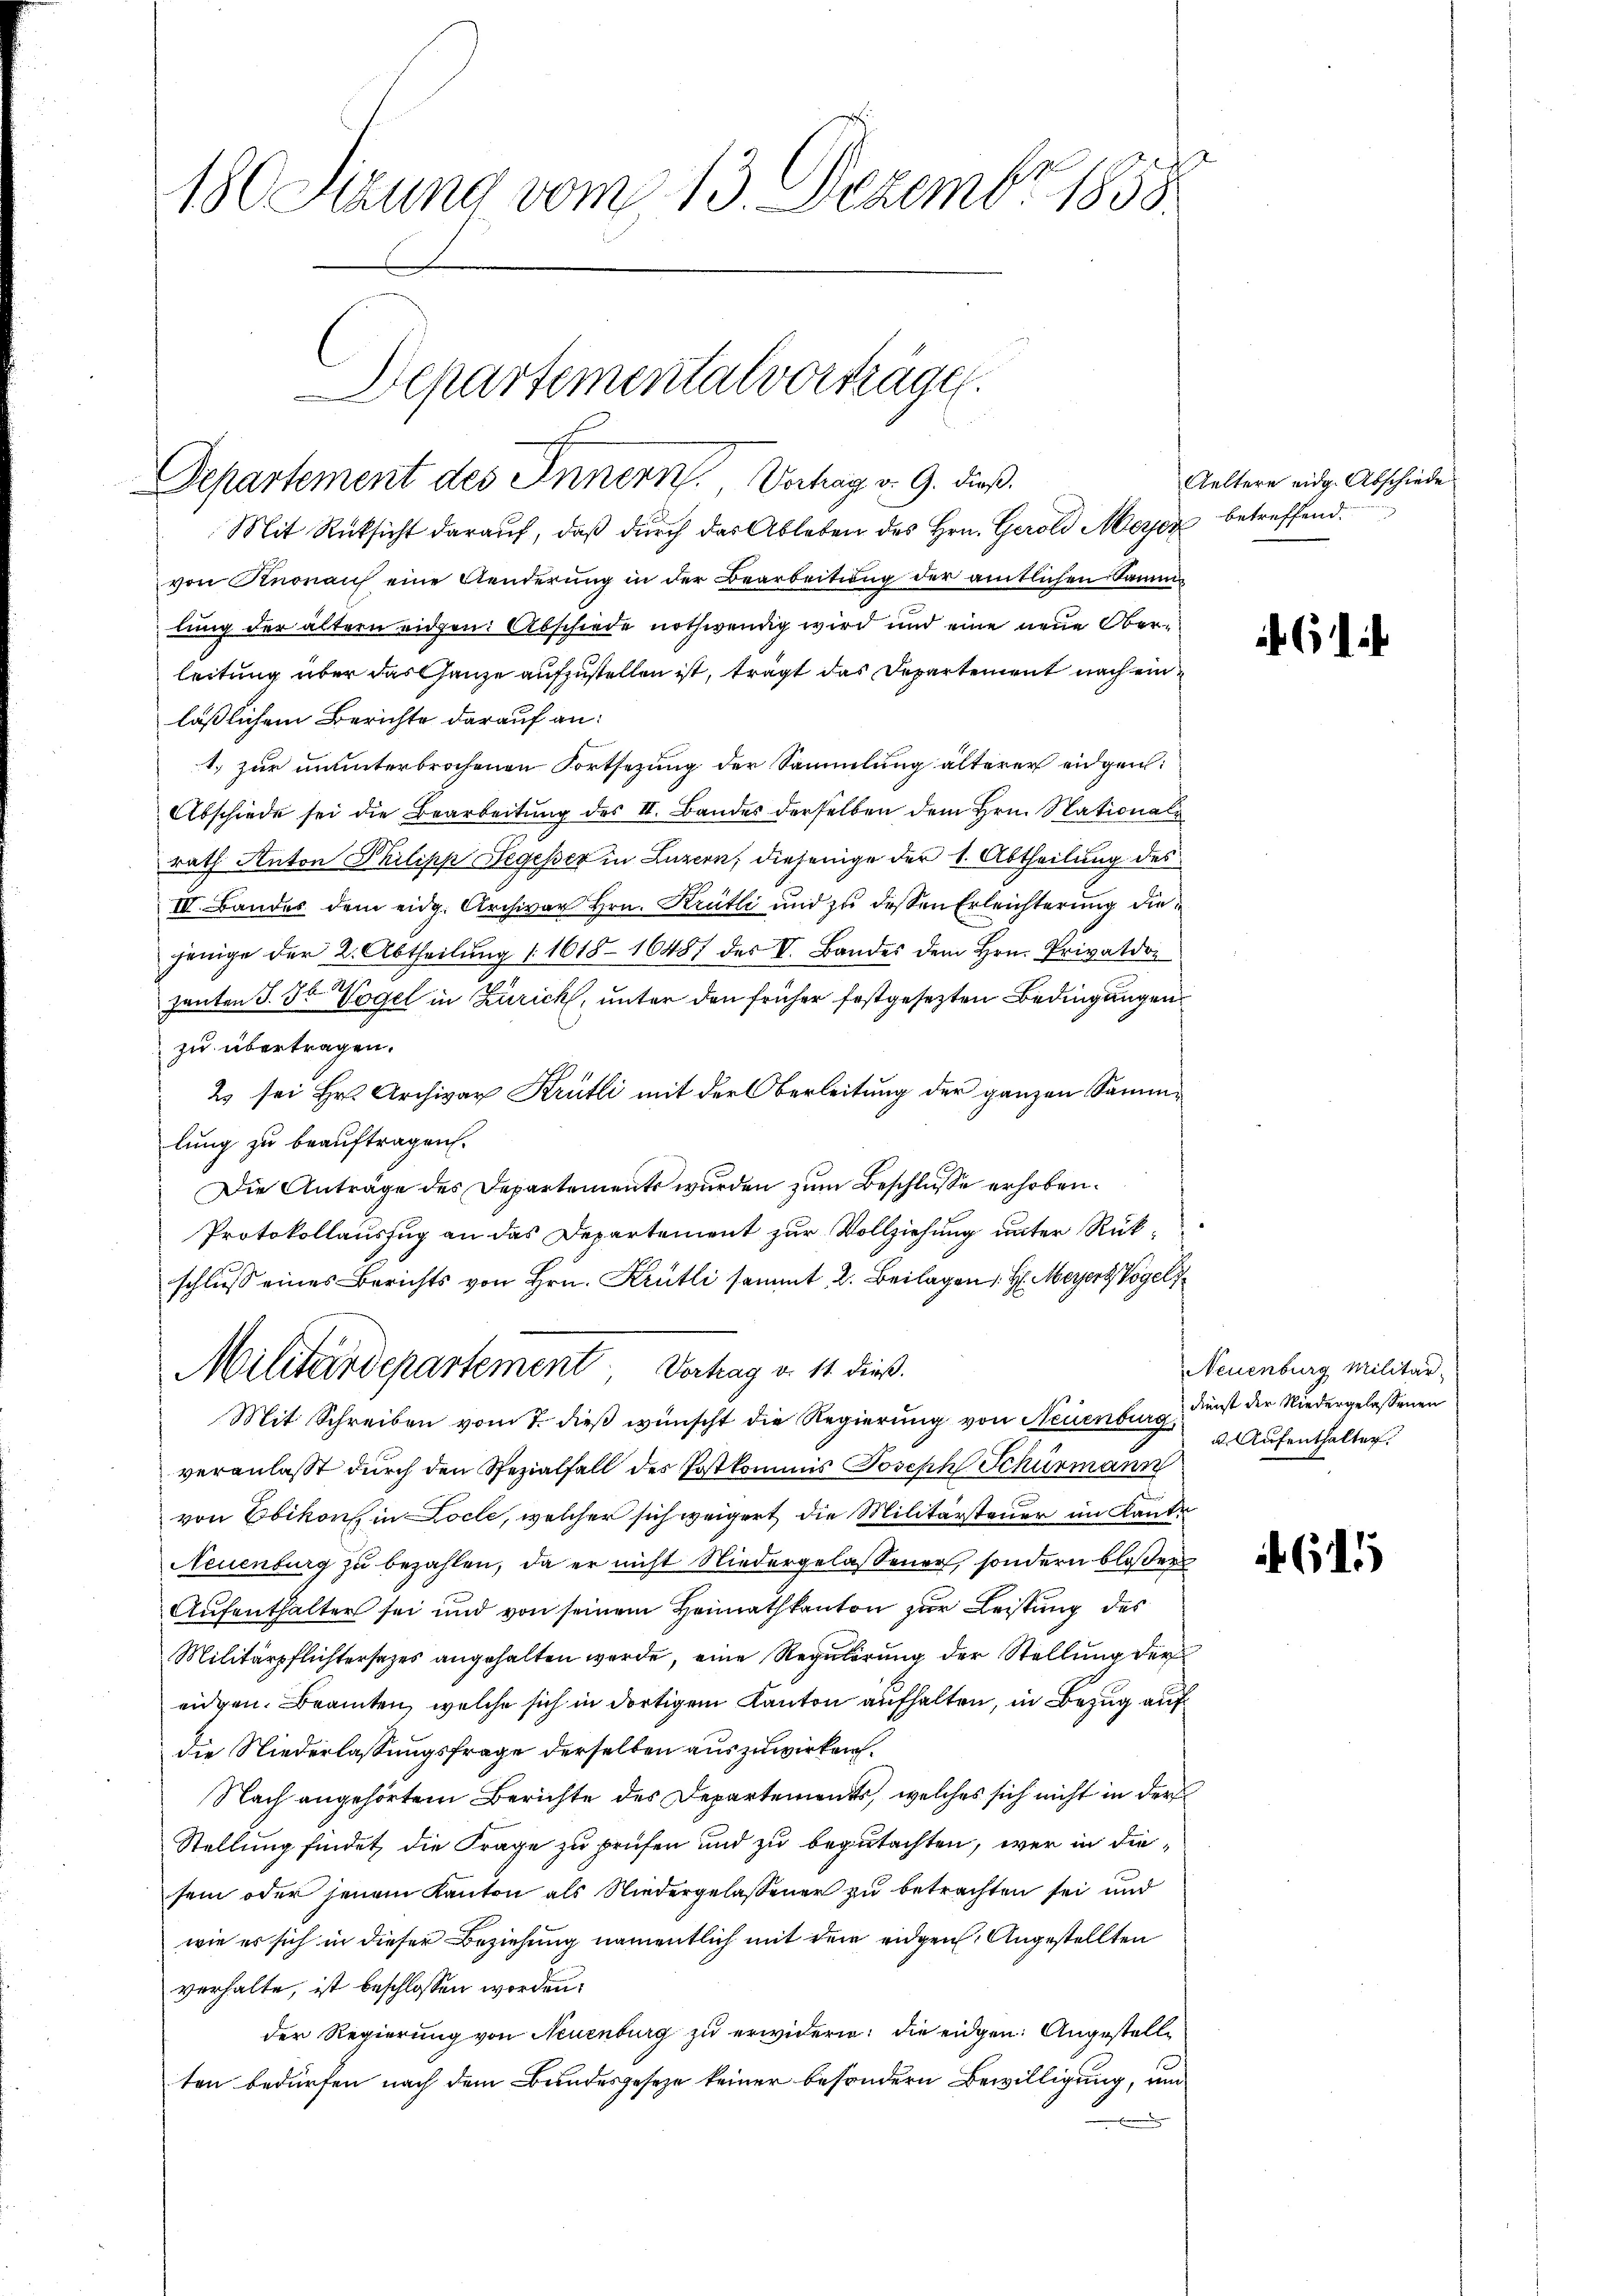
180 Sizung vom 13. Dezember 1858.

Departemental vorträgen.

Departement des Innern, Verhag v. 9. dieß.
Mit Rücksicht darauf, daß durch das Ableben des Hrn. Gerold Merz betreffend.
von Knonau eine Aenderung in der Bearbeitung der amtlichen Sammlung der ältern eidgen. Abschiede nothwendig wird und eine neue Oberleitung über das Ganze aufzustellen ist, trägt das Departement nach einläßlichem Berichte darauf an:
1. zur ununterbrochenen Fortsetzung der Sammlung älterer eidgen:
Abschiede sei die Bearbeitung des II. Bandes derselben dem Hrn. Nationale
rath Anton Philipp Hegesser in Luzern, diejenige der 1. Abtheilung des
IV. Bandes dem eidg. Archivar Hrn. Krütli und zu dessen Erleichterung die
jenige der 2. Abtheilŭng (1618-16487 des V. Bandes dem Hrn. Privatdo
hauten J. St. Vogel in Zürich, unter den früher festgesezten Bedingungen
zu übertragen.
2 sei Hr. Archivar Krütli mit der Oberleitung der ganzen Sammlung zu beauftragen.
Die Anträge des Departements wurden zum Beschlüsse erhoben.
Protokollauszug an das Departement zur Vollziehung unter Rükschlŭβ eines Berichts von Hrn. Krütli sammt, 2. Beilagen H. Meyerz Vogels
Militärdepartement, Vortrag v. 11. dieß.
Mit Schreiben vom 7. dieß wünscht die Regierung von Neuenburg, Kunst der Niedergelassenen
veranlaßt durch den Spezialfall des Postkommis Joseph Schurmann
von Ebikon in Locle, welcher sich weigert die Militärsteuer im Kanto
Neuenburg zu bezahlen, da er nicht Niedergelassener, sondern bloßer
Aufenthalter sei und von seinem Heimathkanton zur Leistung des
Militärpflichtersezes angehalten werde, eine Regulirung der Stellung der
eidgen. Beamten, welche sich in dortigem Kanton aufhalten, in Bezug auf
die Niederlassungsfrage derselben auszuwirken.
Nach angehörtem Berichte des Departements, welches sich nicht in der
Stellung findet die Frage zu prüfen und zu begutachten, wer in diesein oder jenem Kanton als Niedergelassener zu betrachten sei und
wie er sich in dieser Beziehung namentlich mit dem eidgen. Angestellten
verhalte, ist beschlossen worden.
der Regierung von Neuenburg zu erwidern: die eidgen: Angestelle
ten bedürfen nach dem Bundesgeseze keiner besondern Bewilligung, um

Geltern eidg. Abschiede

Neuenburg Militär-
d. Aufenthalten.

611)